Jaan_Tonisson_(Lasteleht), lk 490
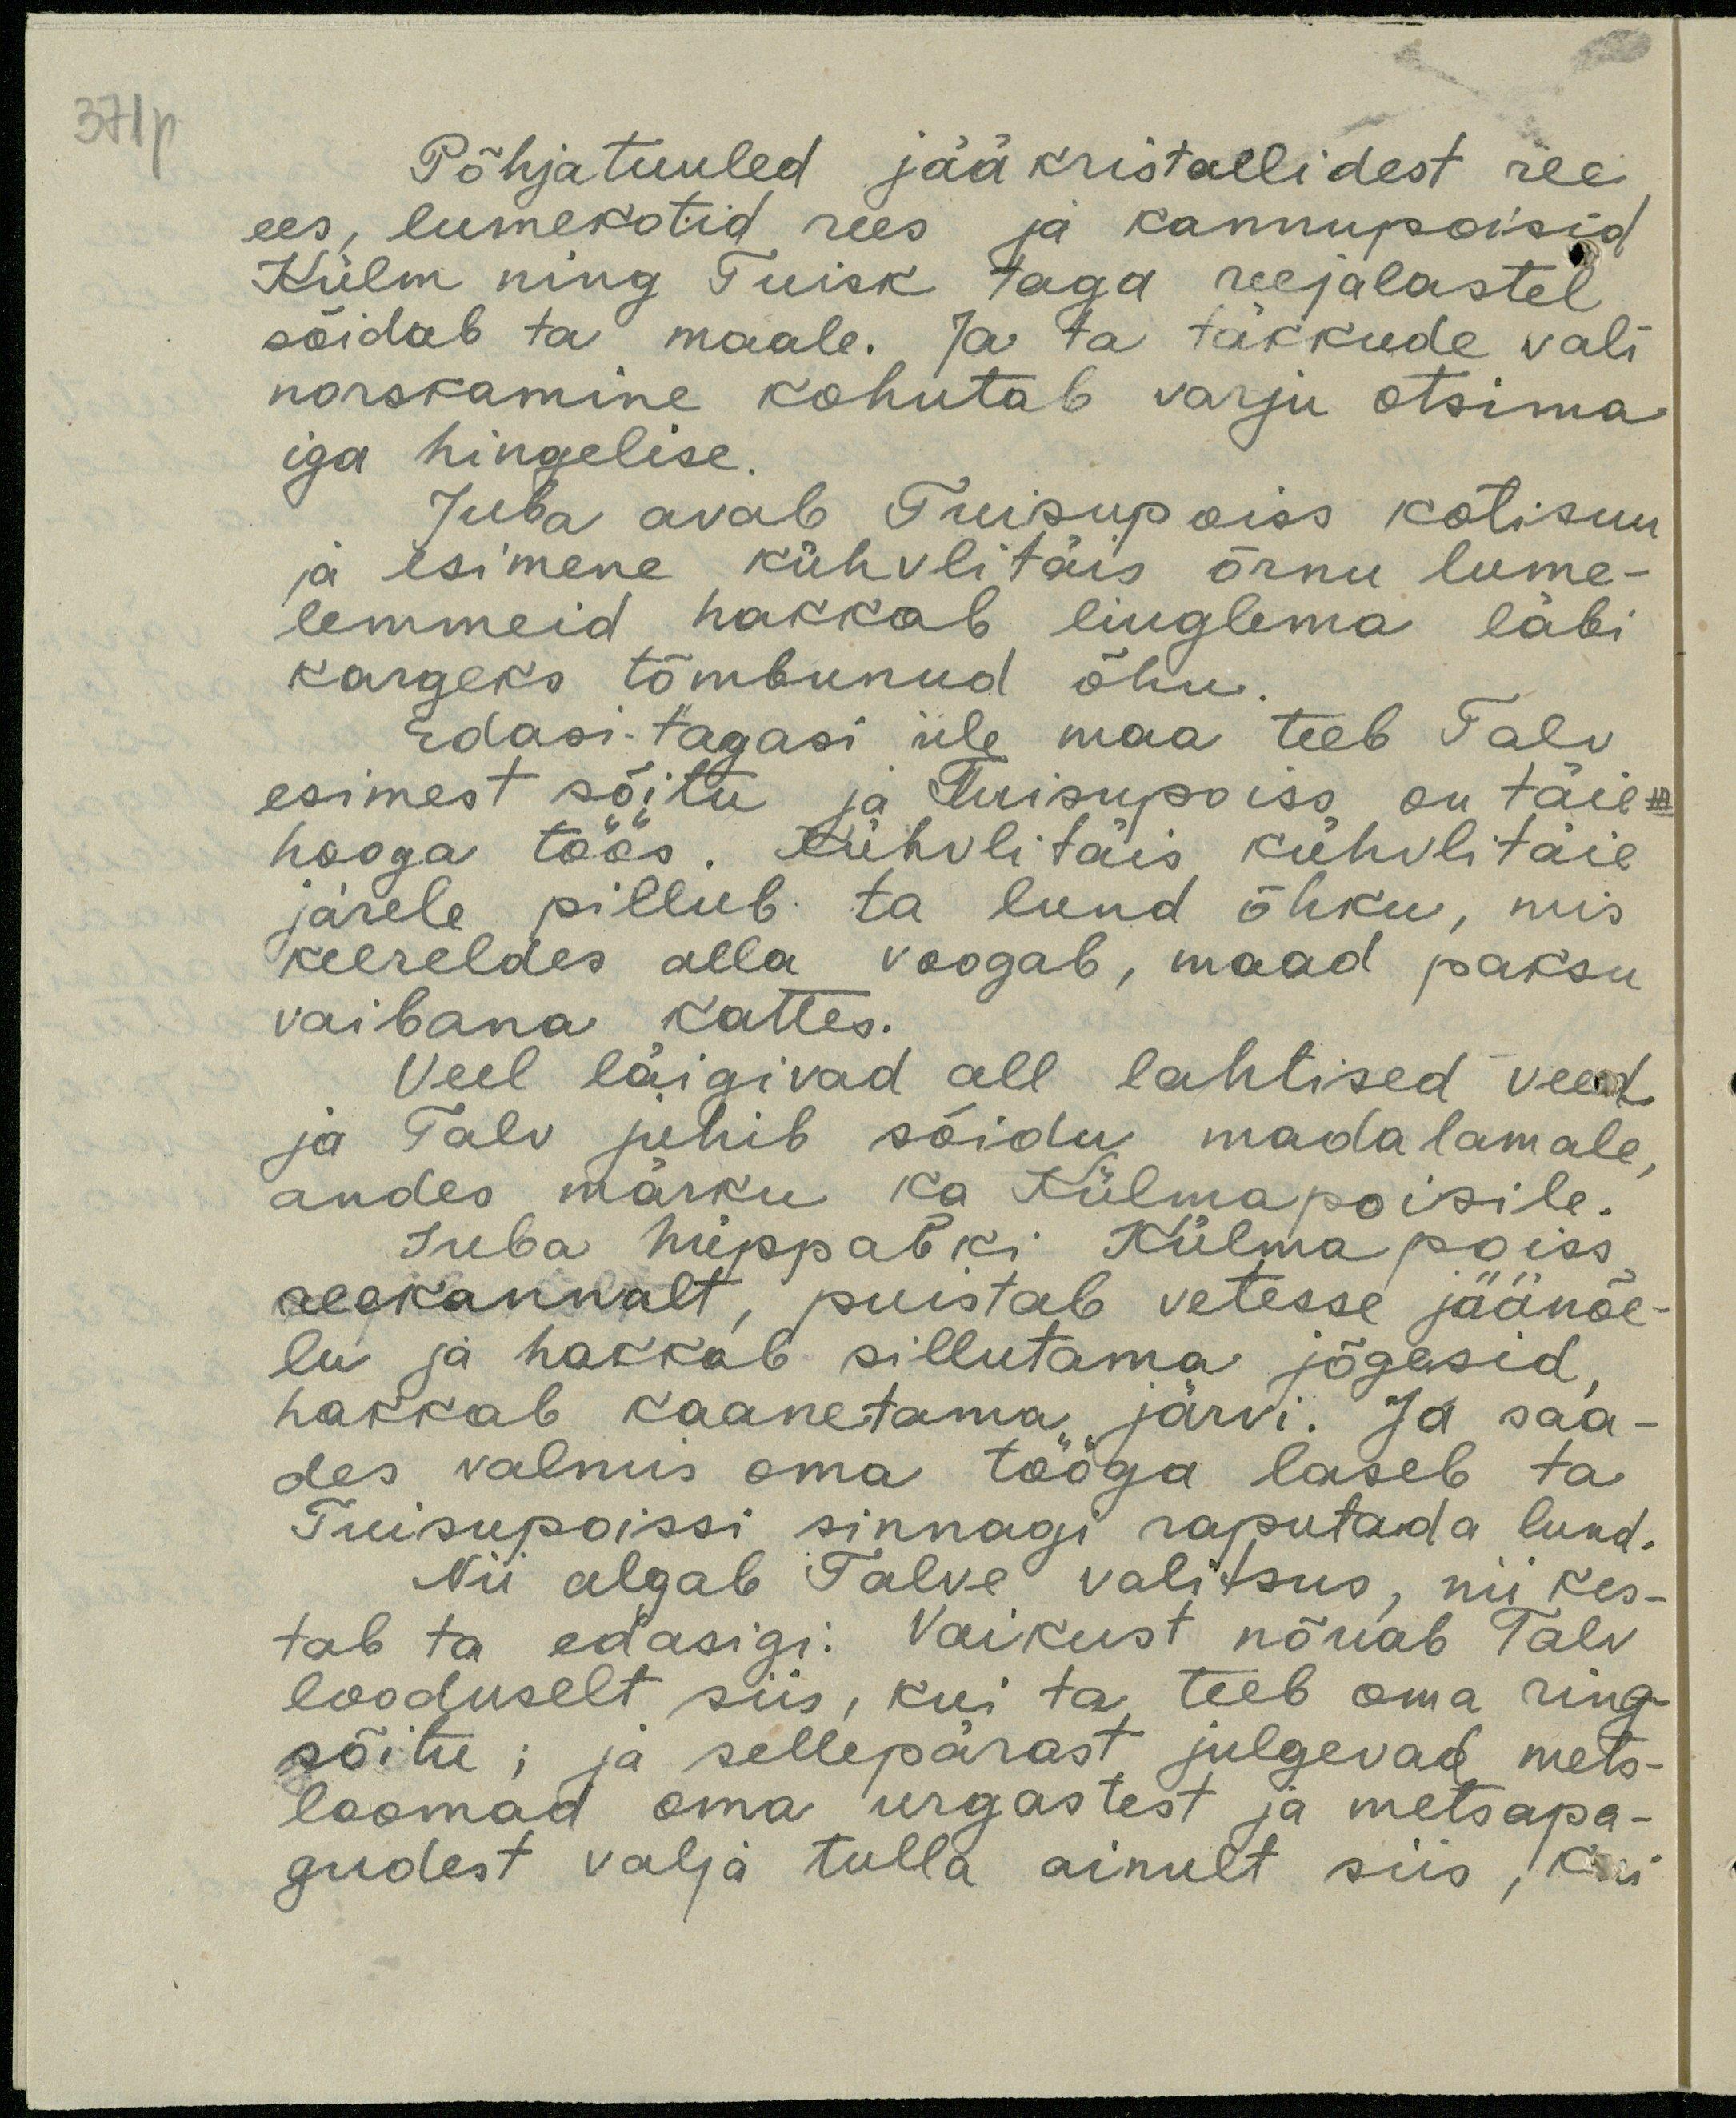
37p

Põhjatuuled jääkristallidest ree
ees, lumekotid rees ja kannupoisid
Külm ning Tuisk taga reejalastel
sõidab ta maale. Ja ta täkkude vali
norskamine kohutab varju otsima
iga hingelise.
Juba avab Tuisupoiss kotisuu
ja esimene kühvlitäis õrnu lume-
lemmeid hakkab liuglema läbi
kargeks tõmbunud õhu.
Edasi tagasi üle maa teeb Talv
esimest sõitu ja Tuisupoiss on täie-
hooga töös. Kühvlitäis kühvlitäie
järele pillub ta lund õhku, mis
keereldes alla voogab, maad paksu
vaibana kattes.
Veel läigivad all lahtised veed
ja Talv juhib sõidu madalamale,
andes märku ka Külmapoisile.
Juba hüppabki Külma poiss
reekannalt, puistab vetesse jäänõe-
lu ja hakkab sillutama jõgesid
hakkab kaanetama järvi. Ja saa-
des valmis oma tööga laseb ta-
Tuisupoissi sinnagi raputada lund.
Nii algab Talve valitsus, nii kes-
tab ta edasigi. vaikust nõuab Talv
looduselt siis, kui ta teeb oma ring
sõitu; ja sellepärast julgevad mets-
loomad oma urgastest ja metsapa-
gudest välja tulla ainult siis, kui